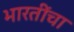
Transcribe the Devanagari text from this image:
भारतींचा